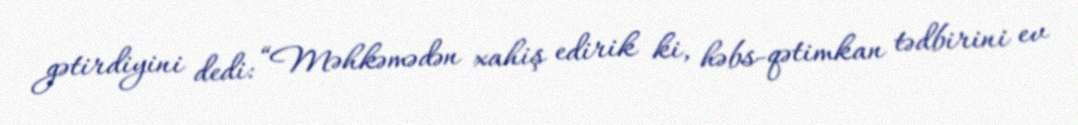
gətirdiyini dedi: “Məhkəmədən xahiş edirik ki, həbs-qətimkan tədbirini ev